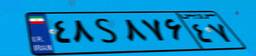
۷۸S۹۹۴۱۹